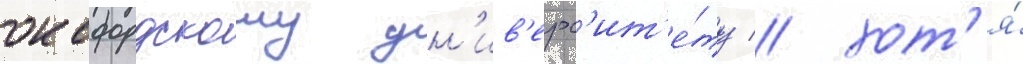
оксфордскому ун'ив'ерс'ит'е́ту / хот'я́